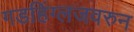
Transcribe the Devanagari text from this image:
गडहिंग्लजवरुन